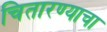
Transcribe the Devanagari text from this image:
चितारण्याचा